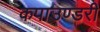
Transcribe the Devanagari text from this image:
कपाउण्डरी